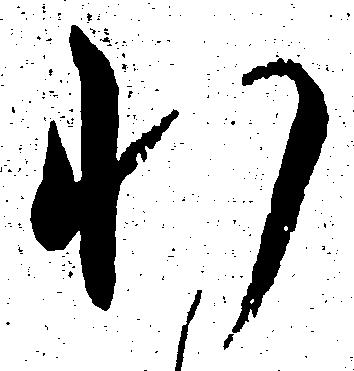
わ